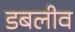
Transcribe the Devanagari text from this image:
डबलीव